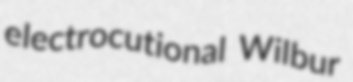
electrocutional Wilbur